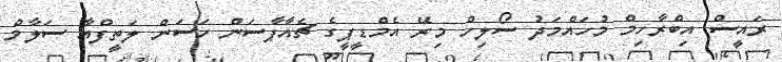
ރައީސް އިބްރާހިމް މުހައްމަދު ސޯލިހް މިރޭ އެމްޑީޕީގެ ޗެއާޕާސަން ހަސަން ލަތީފްއާ ސަލާމް